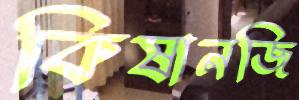
কিষানজি